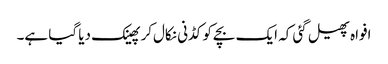
افواہ پھیل گئی کہ ایک بچےکو کڈنی نکال‌کر پھینک دیا گیا ہے۔